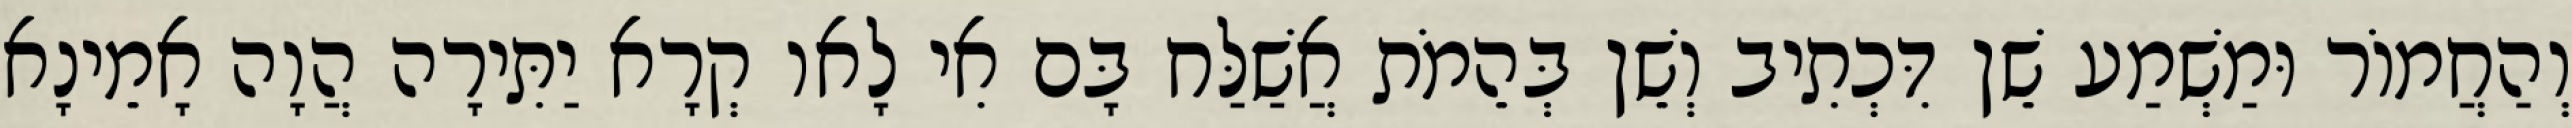
וְהַחֲמוֹר וּמַשְׁמַע שֵׁן דִּכְתִיב וְשֵׁן בְּהֵמֹת אֲשַׁלַּח בָּם אִי לָאו קְרָא יַתִּירָה הֲוָה אָמֵינָא